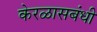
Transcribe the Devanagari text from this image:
केरळासबंधी